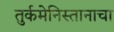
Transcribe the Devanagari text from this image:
तुर्कमेनिस्तानाचा